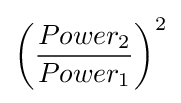
\left({\frac {Power_{2}}{Power_{1}}}\right)^{2}